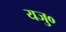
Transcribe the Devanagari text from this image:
यजु०